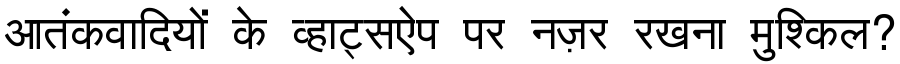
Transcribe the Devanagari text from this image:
आतंकवादियों के व्हाट्सऐप पर नज़र रखना मुश्किल?